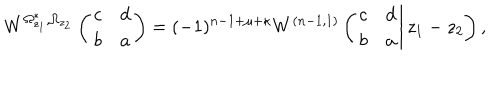
LaTeX: W ^ { \Omega _ { z _ { 1 } } ^ { * } , \Omega _ { z _ { 2 } } } \left( \begin{array} { c c } { { c } } & { { d } } \\ { { b } } & { { a } } \\ \end{array} \right) = ( - 1 ) ^ { n - 1 + \mu + \kappa } W ^ { ( n - 1 , 1 ) } \left( \left. \begin{array} { c c } { { c } } & { { d } } \\ { { b } } & { { a } } \\ \end{array} \right| z _ { 1 } - z _ { 2 } \right) ,